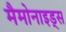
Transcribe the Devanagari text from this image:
मैमोनाइड्स